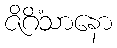
ဇိဂိံသာနော